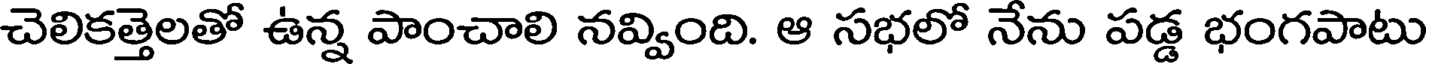
చెలికత్తెలతో ఉన్న పాంచాలి నవ్వింది. ఆ సభలో నేను పడ్డ భంగపాటు